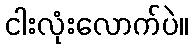
ငါးလုံးလောက်ပဲ။